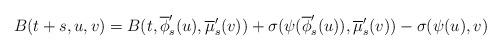
LaTeX: \begin{align*}B(t+s,u,v)&=B(t,\overline{\phi}'_s(u),\overline{\mu}'_s(v))+\sigma(\psi(\overline{\phi}'_s(u)),\overline{\mu}'_s(v))-\sigma(\psi(u),v)\end{align*}